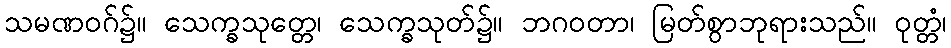
သမဏဝဂ်၌။ သေက္ခသုတ္တေ၊ သေက္ခသုတ်၌။ ဘဂဝတာ၊ မြတ်စွာဘုရားသည်။ ဝုတ္တံ၊